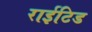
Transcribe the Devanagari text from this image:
राईटिड